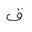
Letter: _qaf